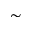
\sim